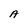
Character: A